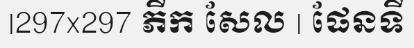
|297x297 ភីក សែល | ផែនទី